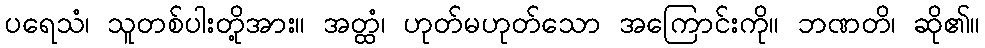
ပရေသံ၊ သူတစ်ပါးတို့အား။ အတ္ထံ၊ ဟုတ်မဟုတ်သော အကြောင်းကို။ ဘဏတိ၊ ဆို၏။